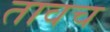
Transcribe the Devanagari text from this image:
तावच